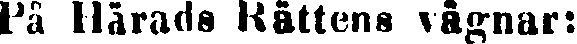
På Härads Rättens vägnar: